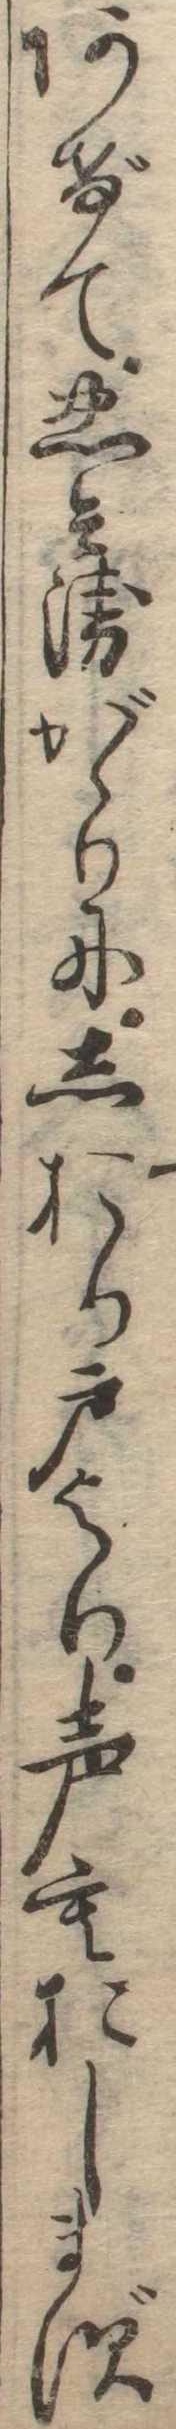
あげて忠兵衛がゝりにしおり戸より声もおしまず